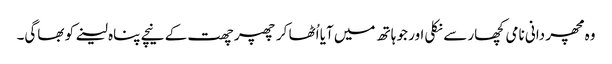
وہ مچھر دانی نامی کچھار سے نکلی اور جو ہاتھ میں آیا اُٹھا کر چھپر چھت کے نیچے پناہ لینے کو بھاگی۔